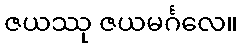
ဇယဿု ဇယမင်္ဂလေ။